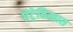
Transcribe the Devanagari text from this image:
एंट्रेविस्तास